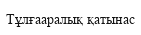
Тұлғааралық қатынас